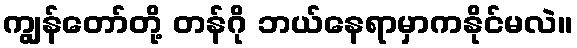
ကျွန်တော်တို့ တန်ဂို ဘယ်နေရာမှာကနိုင်မလဲ။